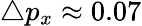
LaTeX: \triangle p_{x}\approx 0.07